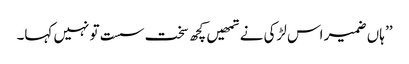
’’ ہاں ضمیر اس لڑکی نے تمھیں کچھ سخت سست تو نہیں کہا۔